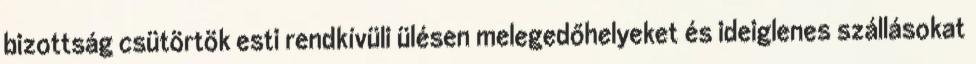
bizottság csütörtök esti rendkívüli ülésen melegedőhelyeket és ideiglenes szállásokat